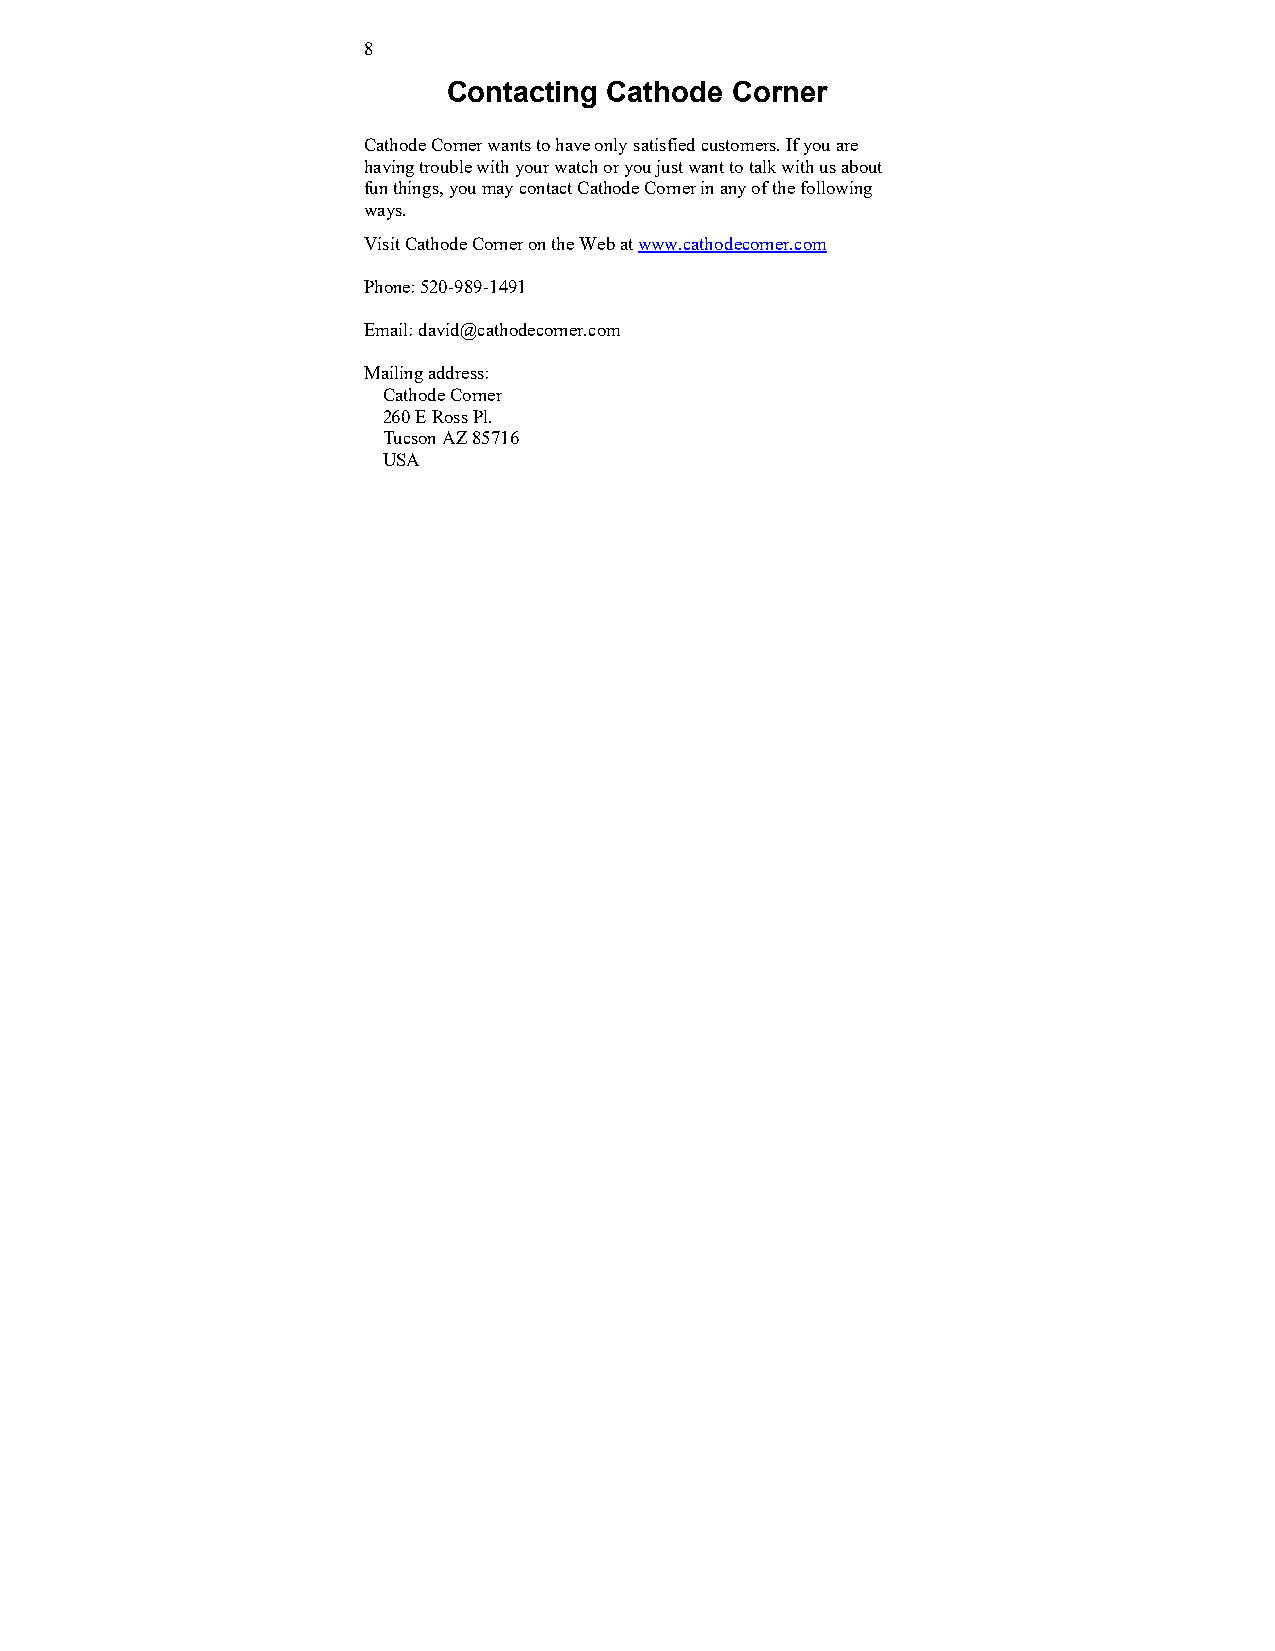
8
 Contacting Cathode Corner
 Cathode Corner wants to have only satisfied customers. If you are
 having trouble with your watch or you just want to talk with us about
 fun things, you may contact Cathode Corner in any of the following
 ways.
 Visit Cathode Corner on the Web at www.cathodecorner.com
 Phone: 520-989-1491
 Email: david@cathodecorner.com
 Mailing address:
 Cathode Corner
 260 E Ross Pl.
 Tucson AZ 85716
 USA